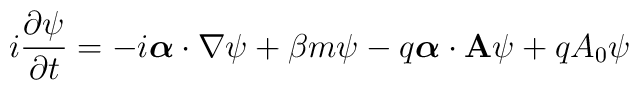
i\frac{\partial\psi}{\partial t} =          -i\mbox{\boldmath$\alpha$}\cdot\nabla\psi + \beta m\psi    -q\mbox{\boldmath$\alpha$}\cdot{\bf A}\psi+qA_0\psi